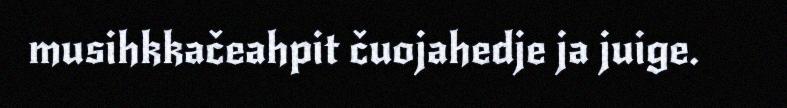
musihkkačeahpit čuojahedje ja juige.